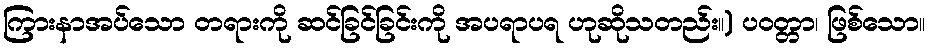
ကြားနာအပ်သော တရားကို ဆင်ခြင်ခြင်းကို အပရာပရ ဟုဆိုသတည်း။) ပဝတ္တာ၊ ဖြစ်သော။